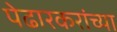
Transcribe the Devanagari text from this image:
पेढारकरांच्या